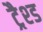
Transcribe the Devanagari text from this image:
ट्रैश्ड